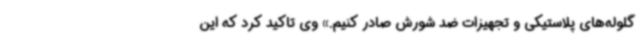
گلوله‌های پلاستیکی و تجهیزات ضد شورش صادر کنیم.» وی تاکید کرد که این